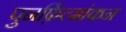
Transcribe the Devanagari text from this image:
पुनर्फ़िल्मांकन